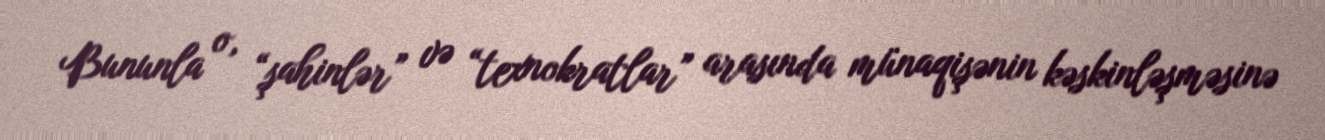
Bununla o, “şahinlər” və “texnokratlar” arasında münaqişənin kəskinləşməsinə